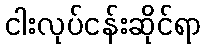
ငါးလုပ်ငန်းဆိုင်ရာ